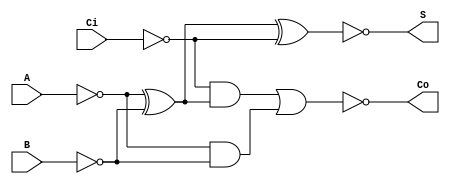
module S1L1(A, B, Ci, S, Co);
	input A, B, Ci;
	output S, Co;	

assign S 	= 	!((!A ^ !B) ^ !Ci);
assign Co 	= 	!((!Ci & (!A ^ !B)) | !A & !B);
endmodule